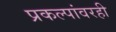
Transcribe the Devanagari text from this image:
प्रकल्पांवरही